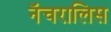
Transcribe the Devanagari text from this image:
नॅचरालिस